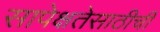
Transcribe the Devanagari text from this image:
सापेक्षतेसाठीची